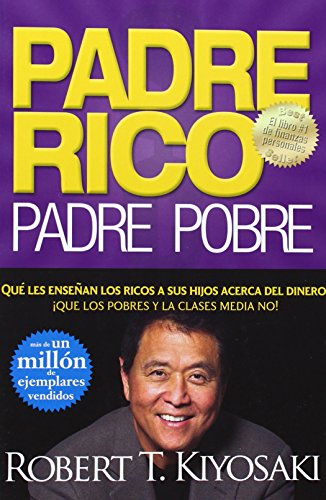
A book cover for Padre Rico, Padre Pobre (Rich Dad, Poor Dad) (Spanish Edition); Robert T. Kiyosaki; Business & Money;